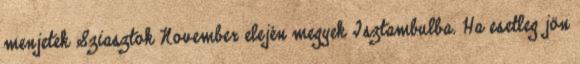
menjetek Sziasztok November elején megyek Isztambulba. Ha esetleg jön